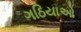
ગઠિયાઓ